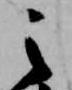
之